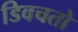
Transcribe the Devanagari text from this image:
डिवचतो